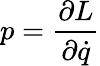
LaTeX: p={\frac{\partial L}{\partial{\dot{q}}}}